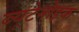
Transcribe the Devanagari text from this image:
ब्यूटेनोइक